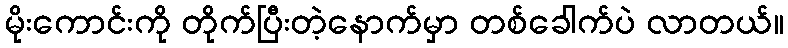
မိုးကောင်းကို တိုက်ပြီးတဲ့နောက်မှာ တစ်ခေါက်ပဲ လာတယ်။